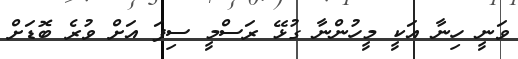
ވަނީ ހިނާ އަކީ މީހުންނާ ގުޅޭ ރަސްމީ ސިފަ އަށް ވުރެ ބޮޑަށް